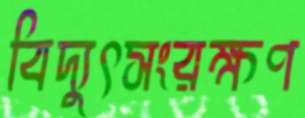
বিদ্যুৎসংরক্ষণ